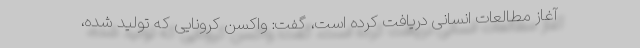
آغاز مطالعات انسانی دریافت کرده است، گفت: واکسن کرونایی که تولید شده،